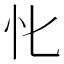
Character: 𢖬